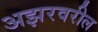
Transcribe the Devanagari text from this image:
अझरवरील